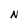
Character: N